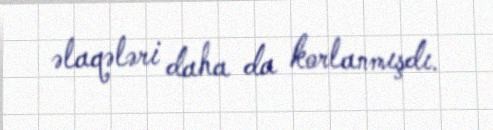
əlaqələri daha da korlanmışdı.